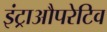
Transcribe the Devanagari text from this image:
इंट्राऔपरेटिव